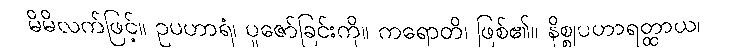
မိမိလက်ဖြင့်။ ဥပဟာရံ၊ ပူဇော်ခြင်းကို။ ကရောတိ၊ ဖြစ်၏။ နိစ္စုပဟာရတ္ထာယ၊